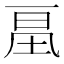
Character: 𰀔